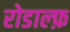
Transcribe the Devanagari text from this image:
रोडाल्फ़